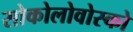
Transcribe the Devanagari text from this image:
सोकोलोवोस्को